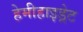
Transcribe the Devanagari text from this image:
हेमीहाइड्रेट